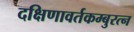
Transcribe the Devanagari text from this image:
दक्षिणावर्तकम्बुरत्न